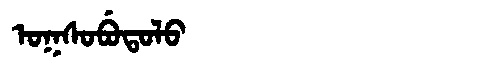
Manchu: ᠣᡴᠰᠣᠪᡠᡨᠣᠯᠣ
Romanization: OKSOBUTOLO